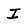
Character: I